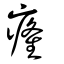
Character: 𤸇